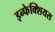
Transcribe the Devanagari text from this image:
इन्फेक्शियस